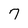
Character: 7